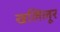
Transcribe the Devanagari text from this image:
खलिलूर